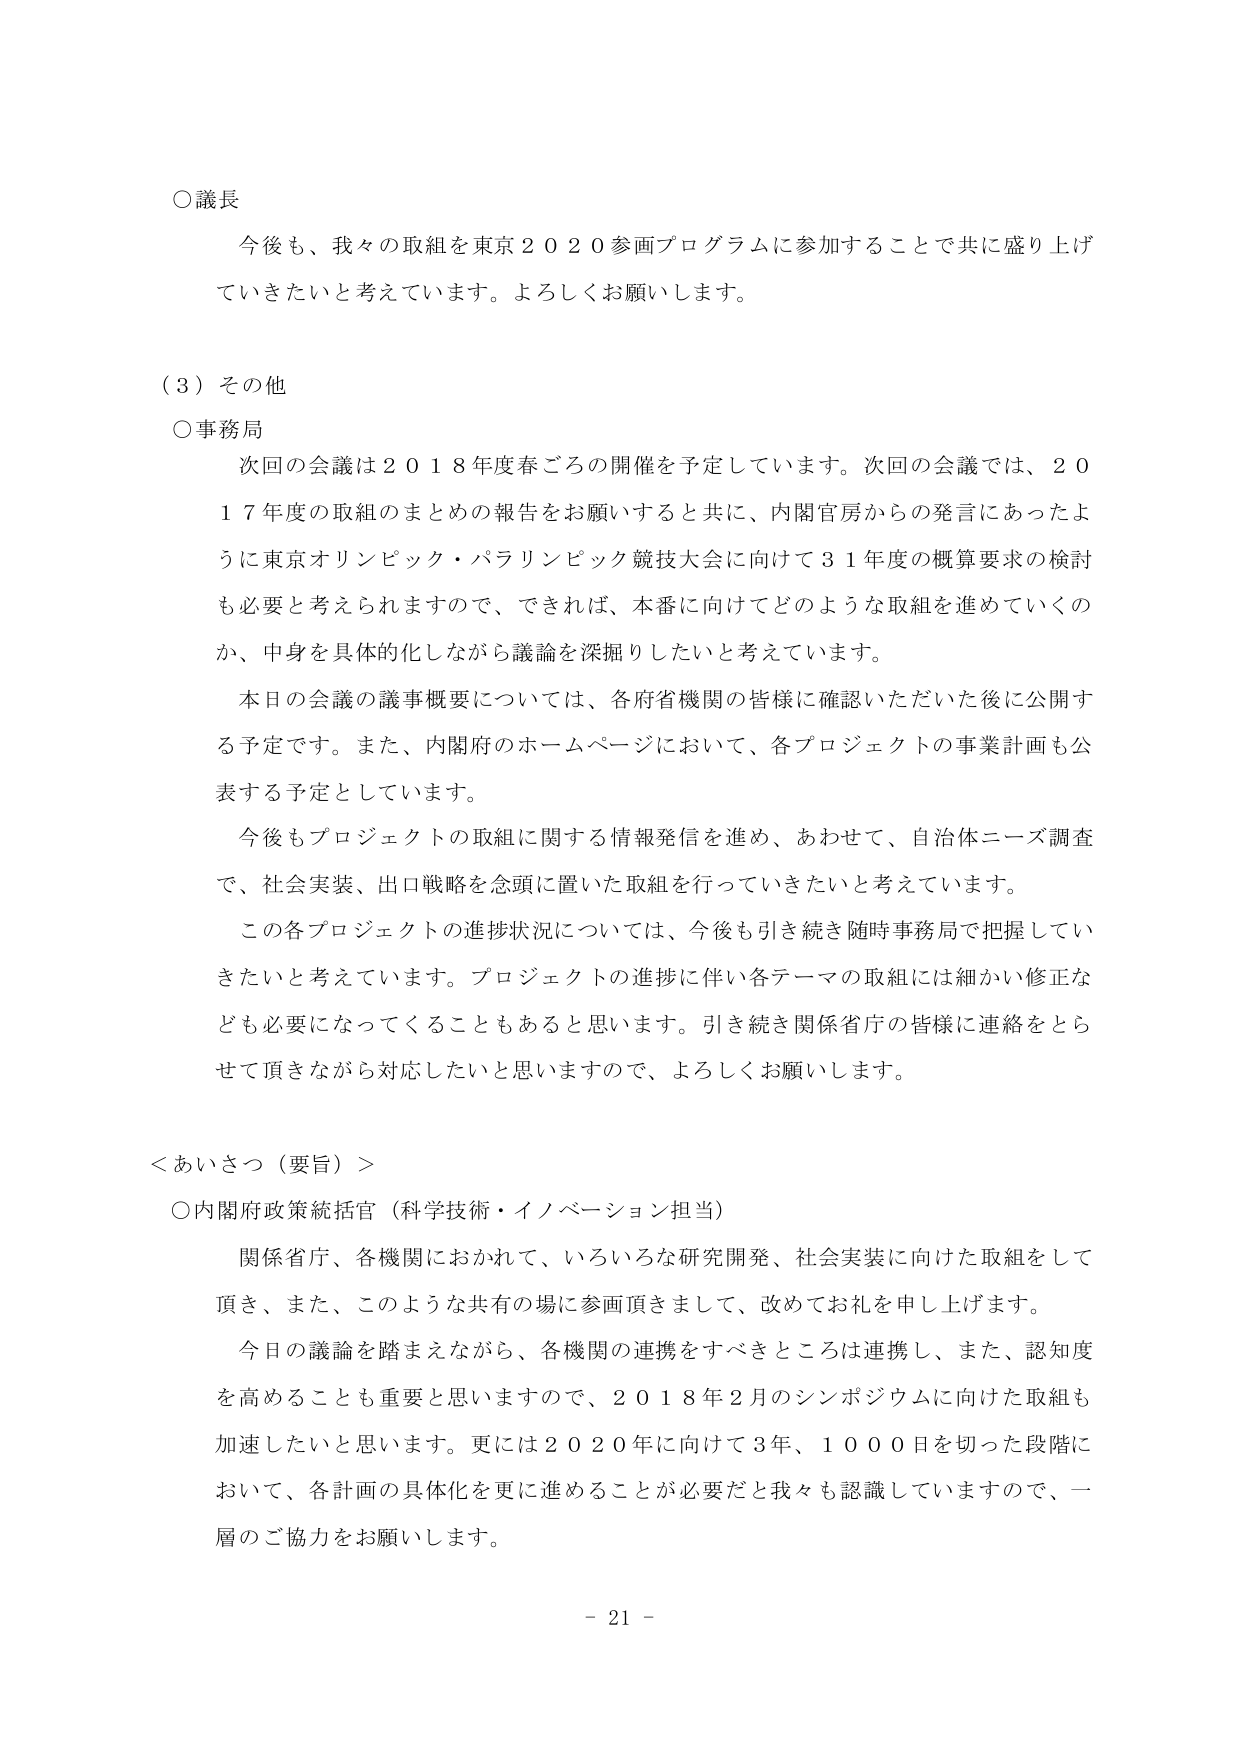
○議長
今後も、我々の取組を東京２０２０参画プログラムに参加することで共に盛り上げていきたいと考えています。よろしくお願いします。

（３）その他
○事務局
次回の会議は２０１８年度春ごろの開催を予定しています。次回の会議では、２０１７年度の取組のまとめの報告をお願いすると共に、内閣官房からの発言にあったように東京オリンピック・パラリンピック競技大会に向けて３１年度の概算要求の検討も必要と考えられますので、できれば、本番に向けてどのような取組を進めていくのか、中身を具体的化しながら議論を深掘りしたいと考えています。
本日の会議の議事概要については、各府省機関の皆様に確認いただいた後に公開する予定です。また、内閣府のホームページにおいて、各プロジェクトの事業計画も公表する予定としています。
今後もプロジェクトの取組に関する情報発信を進め、あわせて、自治体ニーズ調査で、社会実装、出口戦略を念頭に置いた取組を行っていきたいと考えています。
この各プロジェクトの進捗状況については、今後も引き続き随時事務局で把握していきたいと考えています。プロジェクトの進捗に伴い各テーマの取組には細かい修正なども必要になってくることもあると思います。引き続き関係省庁の皆様に連絡をとらせて頂きながら対応したいと思いますので、よろしくお願いします。

＜あいさつ（要旨）＞
○内閣府政策統括官（科学技術・イノベーション担当）
関係省庁、各機関におかれて、いろいろな研究開発、社会実装に向けた取組をして頂き、また、このような共有の場に参画頂きまして、改めてお礼を申し上げます。
今日の議論を踏まえながら、各機関の連携をすべきところは連携し、また、認知度を高めることも重要と思いますので、２０１８年２月のシンポジウムに向けた取組も加速したいと思います。更には２０２０年に向けて３年、１０００日を切った段階において、各計画の具体化を更に進めることが必要だと我々も認識していますので、一層のご協力をお願いします。

－ 21 －